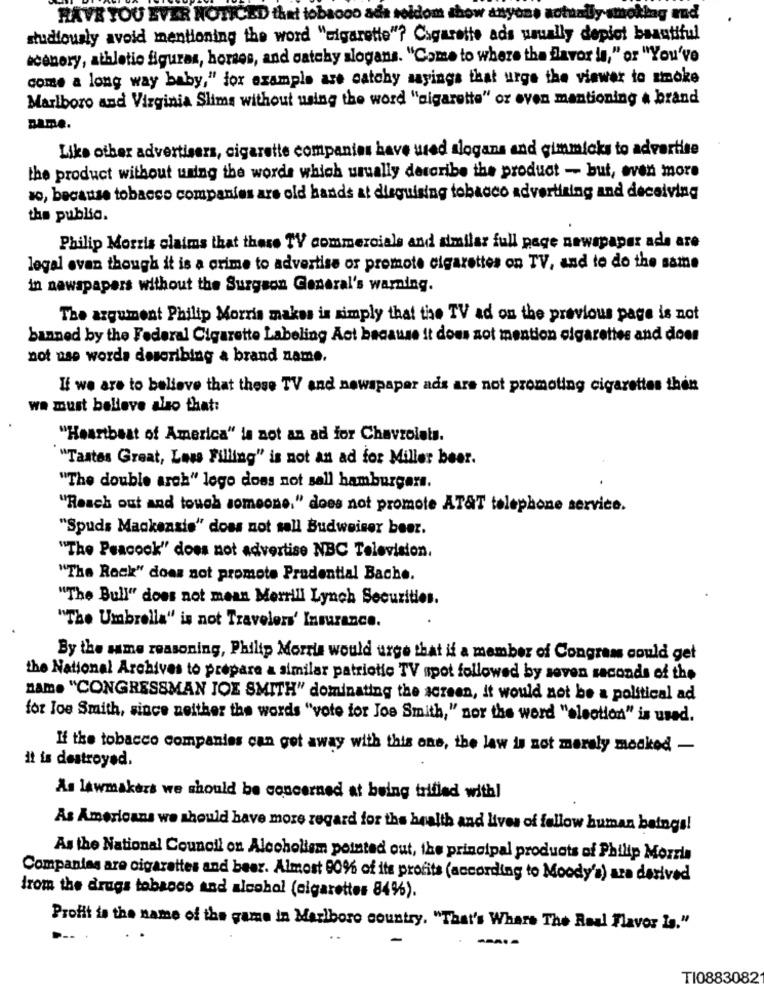
HAVE YOU EVER NOTICED that tobacco ada seldom show anyone actually smoklag and
studiously avoid mentioning the word "cigarette"? Cigarette ads usually depict beautiful
scenery, athletic figuras, horses, and oatchy slogans. "Come to where the flavor is," or "You've
come a long way baby," for example are catchy sayings that urge the viewer to smoke
Marlboro and Virginia Slims without using the word "sigarette" or even mentioning a brand
name.
Like other advertisers, cigarette companies have wed slogans and gimmicks to advertise
the product without using the words which usually describe the product - but, even more
ao, because tobacco companies are old hands at disguising tobacco advertising and deceiving
the public.
Philip Morris claims that these TV commercials and similar full page newspaper ada are
legal even though it is a crime to advertise or promote cigarettes on TV, and to do the same
in newspapers without the Surgeon General's warning.
The argument Philip Morris makes is simply that the TV ad on the previous page is not
banned by the Federal Cigarette Labeling Act because it does not mention cigarettes and does
not use words describing a brand name.
If we are to believe that these TV and newspaper ads are not promoting cigarettes then
we must believe also that:
"Heartbeat of America" is not an ad for Chevrolets.
"Tastes Great, Lass Filling" is not an ad for Miller beer.
"The double arch" lege does not sell hamburgers.
"Reach out and touch someone." does not promote AT&T telephone service.
"Spuds Mackenzie" does not sall Budweiser beer.
"The Peacock" does not advertise NBC Television.
"The Reck" does not promote Prudential Bache.
"The Bull" does not mean Merrill Lynch Securities.
"The Umbrella" is not Travelers' Insurance.
By the same reasoning, Philip Morris would urge that if a member of Congram could get
the National Archives to prepare a similar patriotic TV spot followed by seven seconds of the
name "CONGRESSMAN JOE SMITH" dominating the screen, it would not be a political ad
for Joe Smith, since neither the words "vote for Joe Smith," nor the word "election" is used.
If the tobacco companies can get away with this one, the law is not merely mocked -
it is destroyed.
As lawmakers we should be concerned at being trifled with!
As Americans we should have more regard for the health and lives of fellow human beings!
As the National Council on Alcoholism pointed out, the principal products of Philip Morris
Companies are cigarettes and beer. Almost 90% of its profits (according to Moody's) ara derived
irom the drugs tobacco and alcohol (cigarettes 84%).
Profit is the name of the game in Marlboro country. "That's Where The Real Flavor la."
TI0883082